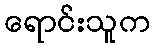
ရောင်းသူက